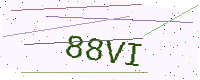
Text: 88VI